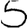
Digit: 5